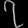
Digit: ၇